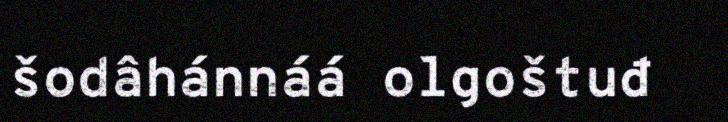
šodâhánnáá olgoštuđ